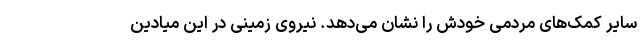
سایر کمک‌های مردمی خودش را نشان می‌دهد. نیروی زمینی در این میادین